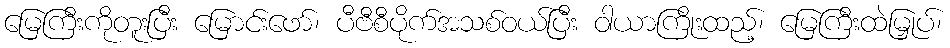
မြေကြီးကိုတူးပြီး မြောင်းဖော်၊ ပီဗီစီပိုက်အသစ်ဝယ်ပြီး ဝါယာကြိုးထည့်၊ မြေကြီးထဲမြှုပ်၊